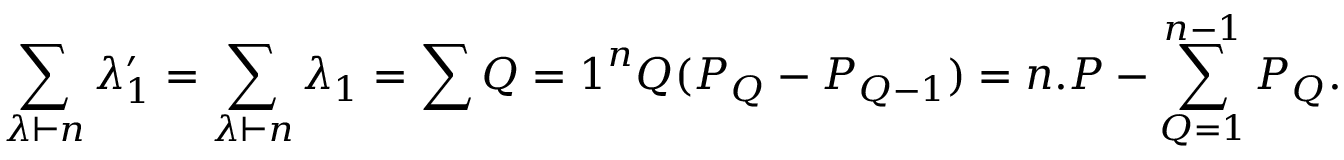
\sum _ { \lambda \vdash n } \lambda _ { 1 } ^ { \prime } = \sum _ { \lambda \vdash n } \lambda _ { 1 } = \sum { Q = 1 } ^ { n } Q ( P _ { Q } - P _ { Q - 1 } ) = n . P - \sum _ { Q = 1 } ^ { n - 1 } P _ { Q } { } .